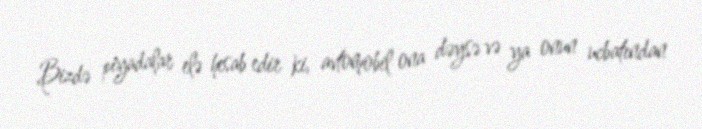
Bizdə piyadalar elə hesab edir ki, avtomobil ona dəysə və ya onun ucbatından